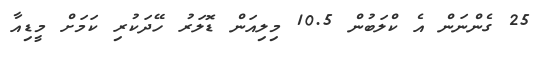
25 ގެންނަން އެ ކްލަބުން 10.5 މިލިއަން ޑޮލަރު ހޭދަކުރި ކަމަށް މީޑިއާ